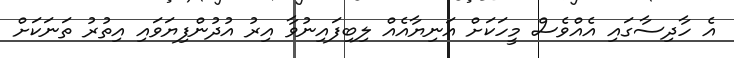
އެ ހާދިސާގައި އެއްވެސް މީހަކަށް އަނިޔާއެއް ލިބިފައިނުވާ އިރު އުދުންފިޔަވައި އިތުރު ތަނަކަށް